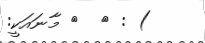
) : ٨  ٩ މާނައަކީ: